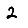
Digit: 2